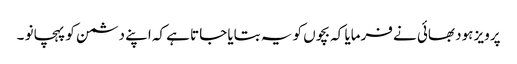
پرویز ہود بھائی نے فرمایا کہ بچوں کو یہ بتایا جاتا ہے کہ اپنے دشمن کو پہچانو ۔